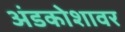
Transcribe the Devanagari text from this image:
अंडकोशावर